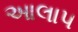
આલાપ